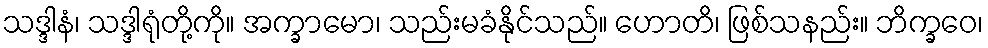
သဒ္ဒါနံ၊ သဒ္ဒါရုံတို့ကို။ အက္ခာမော၊ သည်းမခံနိုင်သည်။ ဟောတိ၊ ဖြစ်သနည်း။ ဘိက္ခဝေ၊